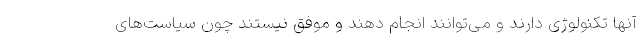
آنها تکنولوژی دارند و می‌توانند انجام دهند و موفق نیستند چون سیاست‌های